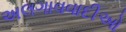
અલગાવવાદીઓ